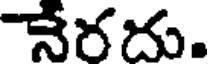
నేరదు.